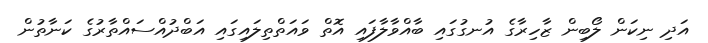
އަދި ނިކަން ލޯބިން ޒާހިރާގެ އުނގުގައި ބާއްވާލާފައި އޮތް ވައަތްތިލައިގައި އަބްދުއްސައްތާރުގެ ކަނާތުން